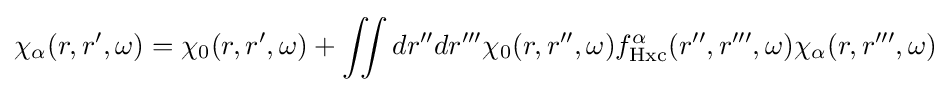
\chi _{\alpha }(r,r',\omega )=\chi _{0}(r,r',\omega )+\iint dr''dr'''\chi _{0}(r,r'',\omega )f_{\text{Hxc}}^{\alpha }(r'',r''',\omega )\chi _{\alpha }(r,r''',\omega )